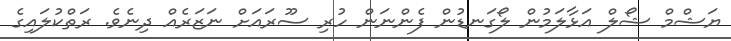
ޔަޝްމް ޝޯލް އަޅާލަމުން ލޯގަނޑުން ފެންނަން ހުރި ސޫރައަށް ނަޒަރެއް ދިނެވެ. ރަތްކުލައިގެ